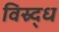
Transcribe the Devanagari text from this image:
विस्र्द्ध